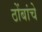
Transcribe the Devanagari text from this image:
ठोंबांचे